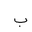
Letter: _ba